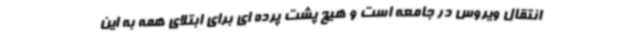
انتقال ویروس در جامعه است و هیچ پشت پرده ای برای ابتلای همه به این